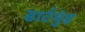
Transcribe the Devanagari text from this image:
डार्टमुंड